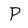
Character: P